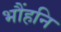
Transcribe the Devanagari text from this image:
भौंहनि